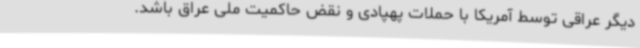
دیگر عراقی توسط آمریکا با حملات پهپادی و نقض حاکمیت ملی عراق باشد.